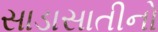
સાડાસાતીનો